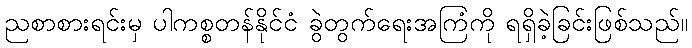
ညစာစားရင်းမှ ပါကစ္စတန်နိုင်ငံ ခွဲတွက်ရေးအကြံကို ရရှိခဲ့ခြင်းဖြစ်သည်။